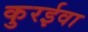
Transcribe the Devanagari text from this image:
कुरईवा